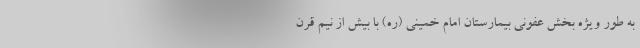
به طور ویژه بخش عفونی بیمارستان امام خمینی (ره) با بیش از نیم قرن